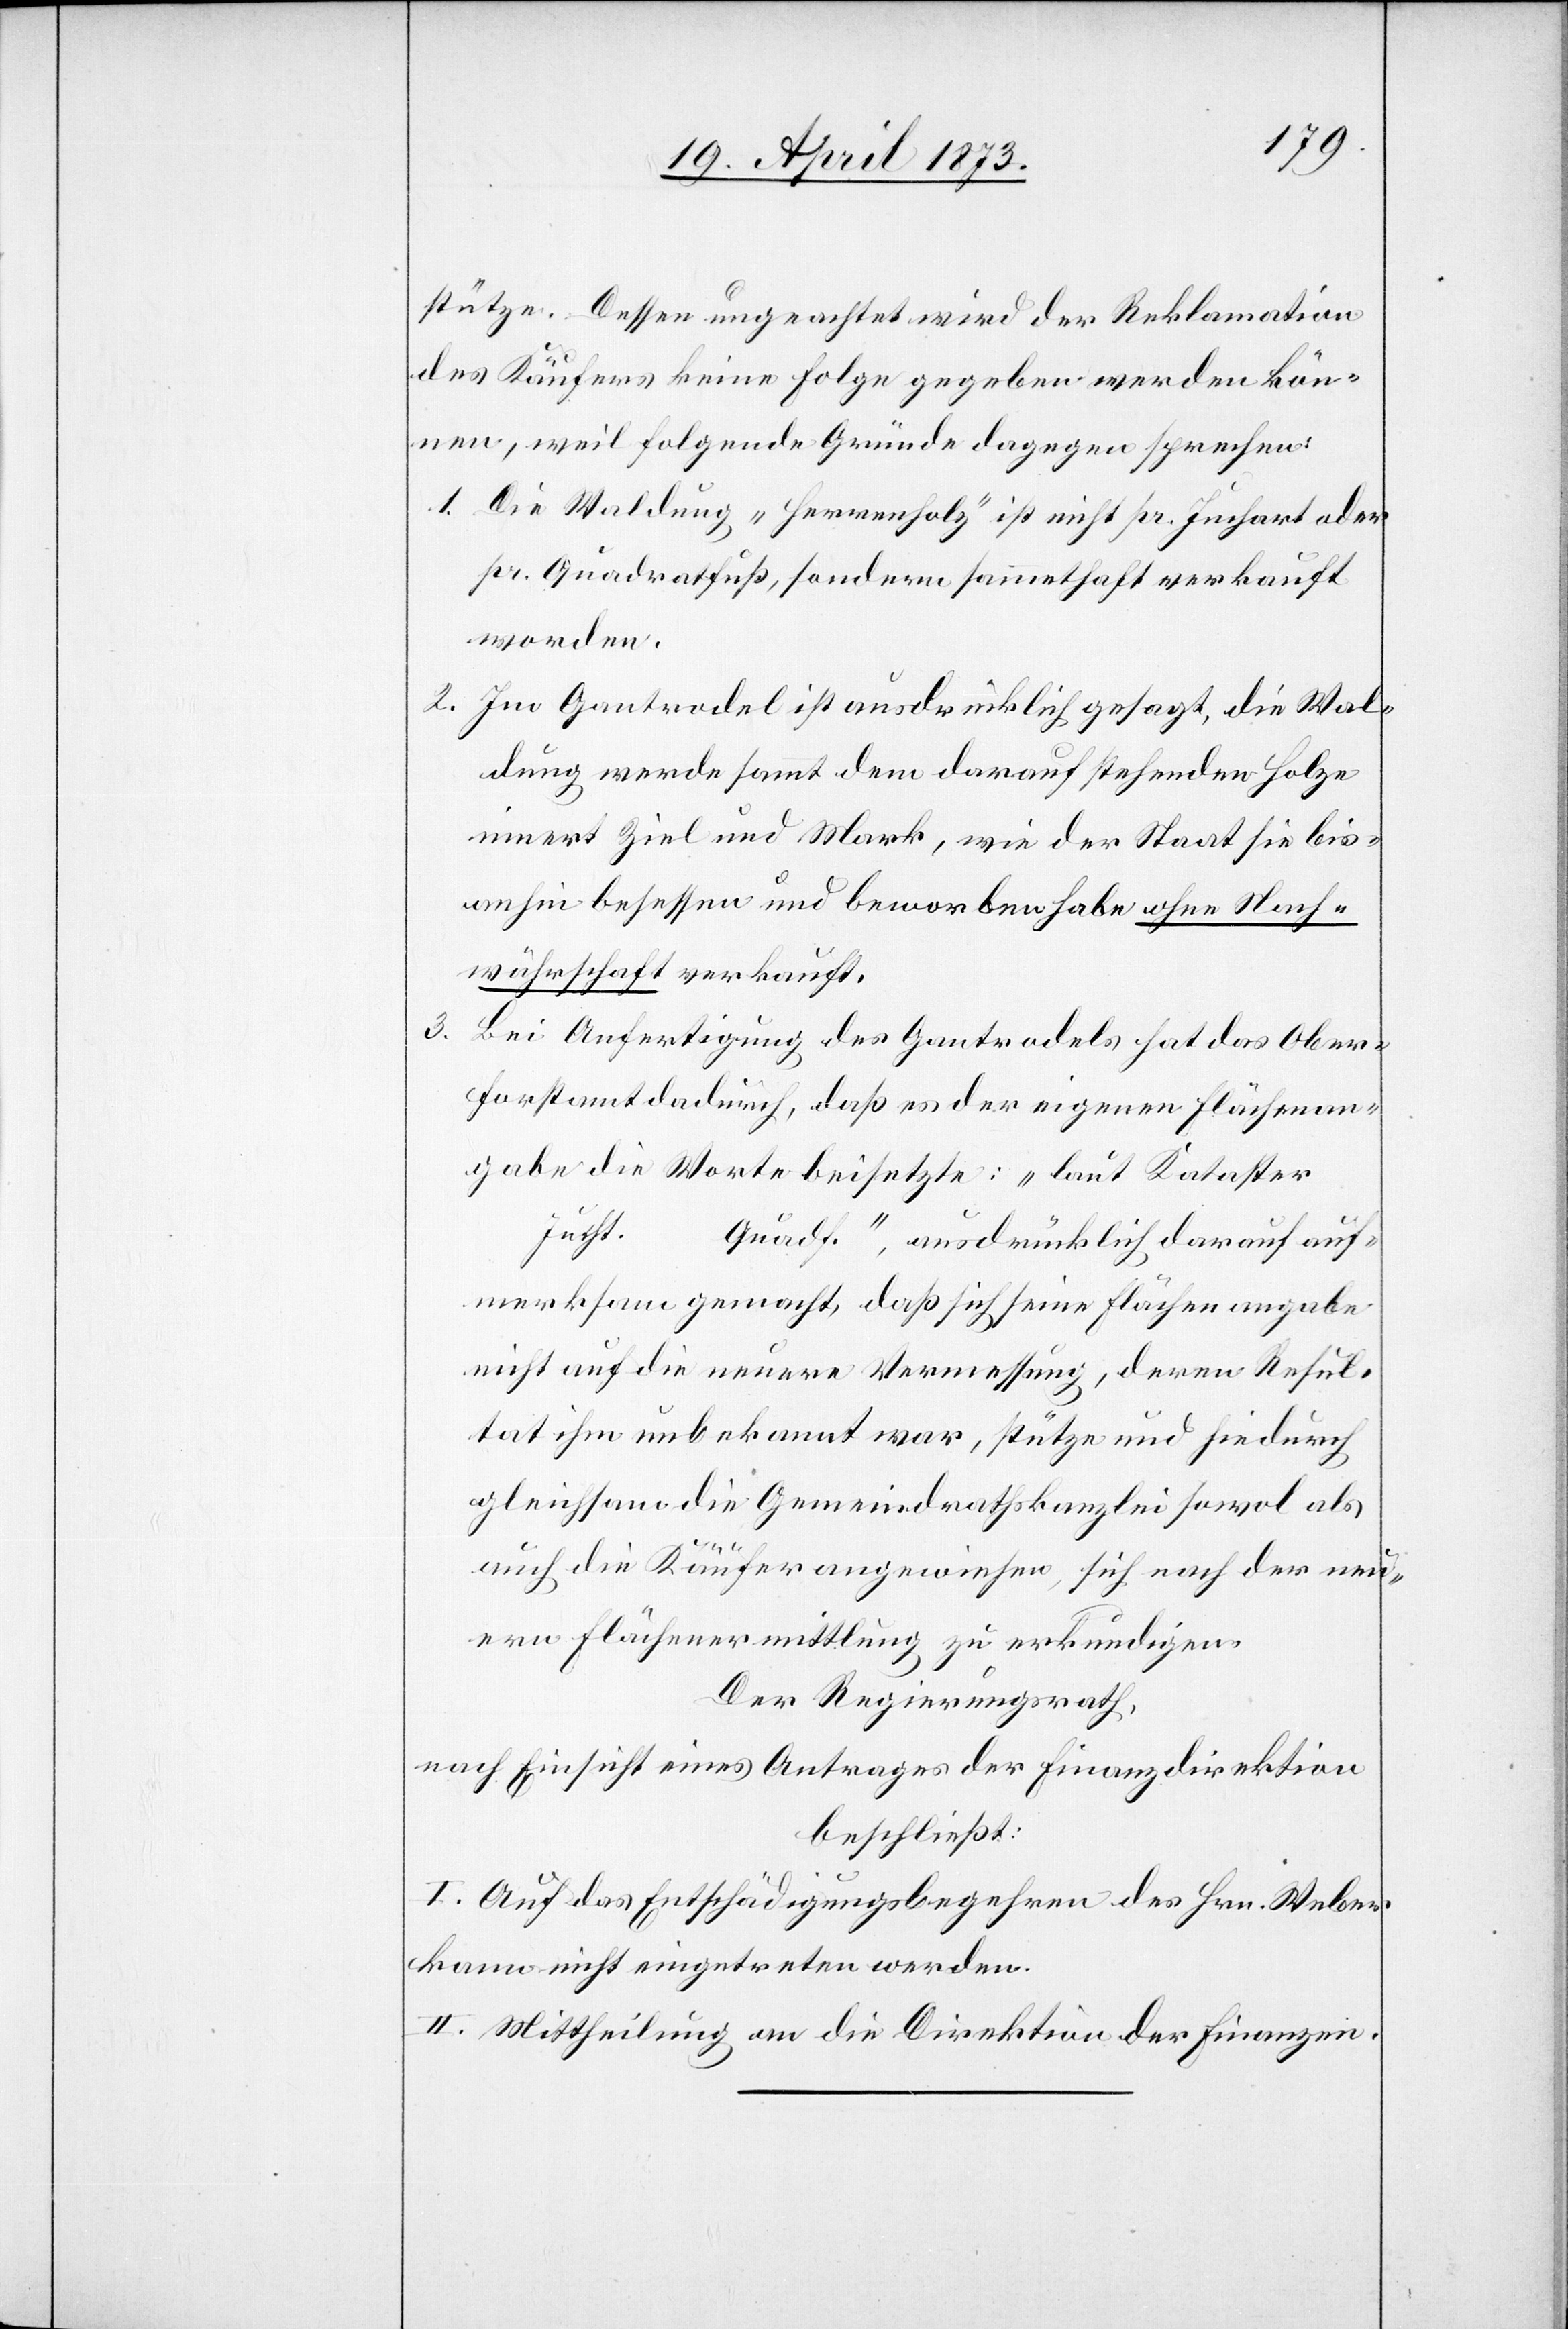
stütze. Dessen ungeachtet wird der Reklamation
des Käufers keine Folge gegeben werden kön¬
nen, weil folgende Gründe dagegen sprechen:
1. Die Waldung „Herrenholz“ ist nicht pr. Juchart oder
pr. Quadratfuß, sondern sammethaft verkauft
worden.
2. Im Gantrodel ist ausdrücklich gesagt, die Wal¬
dung werde sammt dem darauf stehenden Holze
innert Ziel und Mark, wie der Staat sie bis¬
anhin besessen und beworben habe ohne Nach¬
währschaft verkauft.
3. Bei Anfertigung des Gantrodels hat das Ober¬
forstamt dadurch, daß es der eigenen Flächenan¬
gabe die Worte beisetzte: „laut Kataste¬
r	Jucht.
Quadf.“, ausdrücklich darauf auf¬
merksam gemacht, daß sich seine Flächenangabe
nicht auf die neuere Vermessung, deren Resul¬
tat ihm unbekannt war, stütze und hiedurch
gleichsam die Gemeindrathskanzlei sowol als
auch die Käufer angewiesen, sich nach der neu¬
ern Flächenermittlung zu erkundigen.
Der Regierungsrath,
nach Einsicht eines Antrages der Finanzdirektion
beschließt:
I. Auf das Entschädigungsbegehren des Hrn. Weber
kann nicht eingetreten werden.
II. Mittheilung an die Direktion der Finanzen.